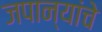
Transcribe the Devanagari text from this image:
जपान्यांचे